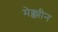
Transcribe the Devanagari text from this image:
मेक्क्वीन